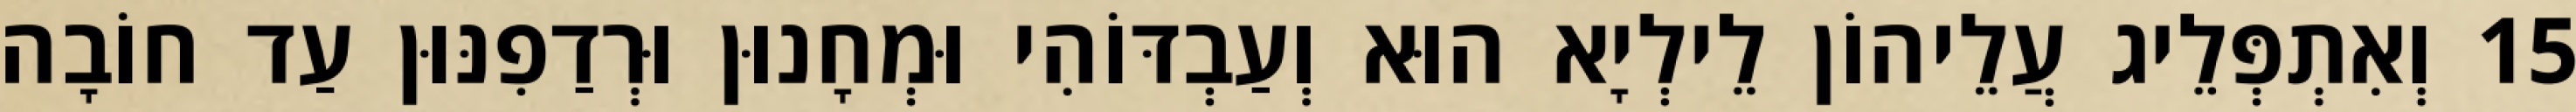
15 וְאִתְפְּלֵיג עֲלֵיהוֹן לֵילְיָא הוּא וְעַבְדּוֹהִי וּמְחָנוּן וּרְדַפִנּוּן עַד חוֹבָה